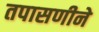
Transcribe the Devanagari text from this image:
तपासणीने